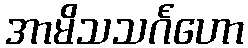
အာမိသသင်္ဂဟော